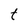
Character: t